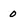
Character: 0